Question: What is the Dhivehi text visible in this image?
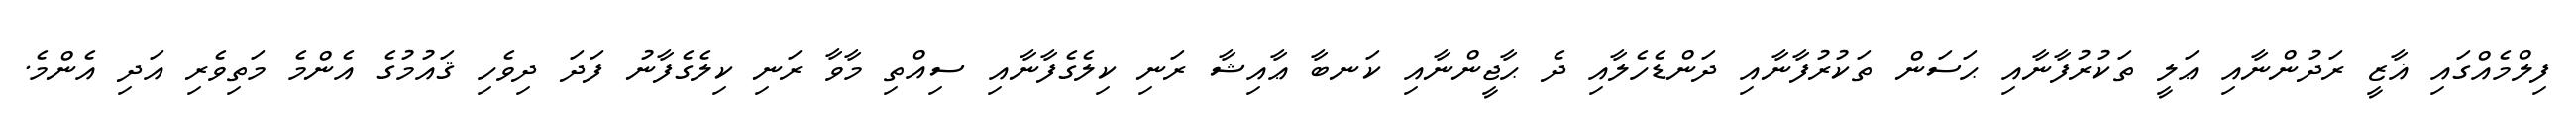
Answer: ފިލްމެއްގައި ޣާޒީ ރަދުންނާއި ޢަލީ ތަކުރުފާނާއި ޙަސަން ތަކުރުފާނާއި ދަންޑެހެލާއި ދެ ޙާޖީންނާއި ކަނބާ ޢާއިޝާ ރަނި ކިލެގެފާނާއި ސިއްތި މާވާ ރަނި ކިލެގެފާނު ފަދަ ދިވެހި ޤައުމުގެ އެންމެ މަތިވެރި އަދި އެންމެ.